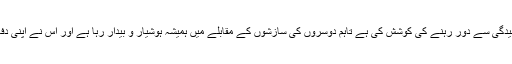
صدر نے کہا: ایران نے ہمیشہ ہی جنگ و کشیدگی سے دور رہنے کی کوشش کی ہے تاہم دوسروں کی سازشوں کے مقابلے میں ہمیشہ ہوشیار و بیدار رہا ہے اور اس نے اپنی دفاعی صلاحیتوں میں روز بروز اضافہ کیا ہے۔